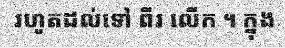
រហូតដល់ទៅ ពីរ លើក ។ ក្នុង